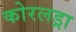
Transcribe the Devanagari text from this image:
कोरलड्रा